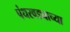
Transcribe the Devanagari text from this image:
पंधरवड्याच्या